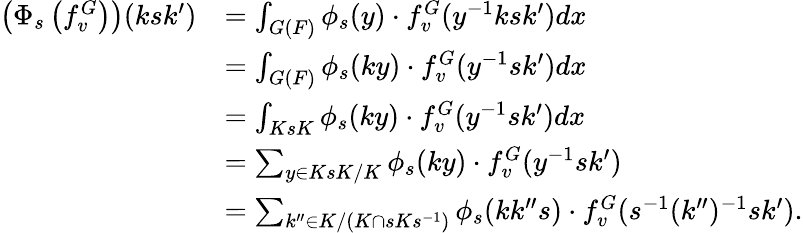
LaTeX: \begin{array}{rl}{\left(\Phi_{s}\left(f_{v}^{G}\right)\right)(ksk^{\prime})}&{=\int_{G(F)}\phi_{s}(y)\cdot f_{v}^{G}(y^{-1}ksk^{\prime})dx}\\ &{=\int_{G(F)}\phi_{s}(ky)\cdot f_{v}^{G}(y^{-1}sk^{\prime})dx}\\ &{=\int_{KsK}\phi_{s}(ky)\cdot f_{v}^{G}(y^{-1}sk^{\prime})dx}\\ &{=\sum_{y\in KsK/K}\phi_{s}(ky)\cdot f_{v}^{G}(y^{-1}sk^{\prime})}\\ &{=\sum_{k^{\prime\prime}\in K/(K\cap sKs^{-1})}\phi_{s}(kk^{\prime\prime}s)\cdot f_{v}^{G}(s^{-1}(k^{\prime\prime})^{-1}sk^{\prime}).}\end{array}